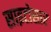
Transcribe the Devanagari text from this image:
साइटोसार